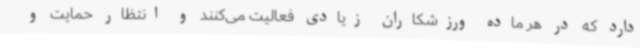
دارد که در هر ماده ورزشکاران زیادی فعالیت می‌کنند و انتظار حمایت و